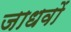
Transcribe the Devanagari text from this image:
जाधवों